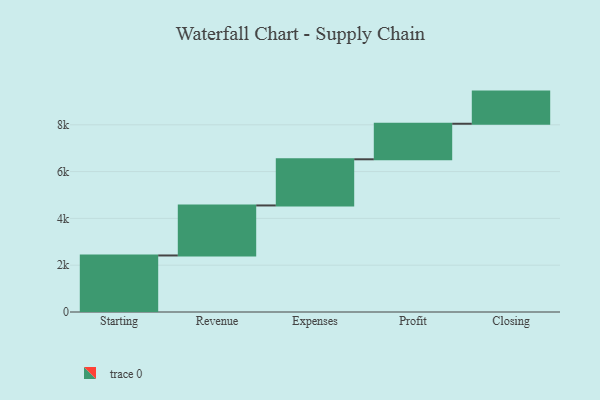
{"axis": {"x": "Step", "y": "Value"}, "legend": [""], "data": [{"x": "Starting", "y": 2416.0, "type": ""}, {"x": "Revenue", "y": 2138.0, "type": ""}, {"x": "Expenses", "y": 1973.0, "type": ""}, {"x": "Profit", "y": 1519.0, "type": ""}, {"x": "Closing", "y": 1374.0, "type": ""}]}